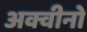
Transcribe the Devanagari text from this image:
अक्वीनो